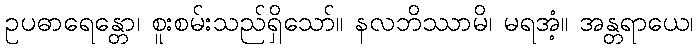
ဥပဓာရေန္တော၊ စူးစမ်းသည်ရှိသော်။ နလဘိဿာမိ၊ မရအံ့။ အန္တရာယေ၊